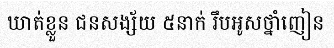
ឃាត់ខ្លួន ជនសង្ស័យ ៥នាក់ រឹបអូសថ្នាំញៀន